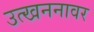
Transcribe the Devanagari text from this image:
उत्खननावर